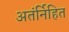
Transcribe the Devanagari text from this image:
अतंर्निहित